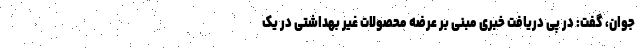
جوان، گفت: در پی دریافت خبری مبنی بر عرضه محصولات غیر بهداشتی در یک